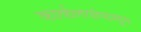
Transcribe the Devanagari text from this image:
कार्यालयांपासून